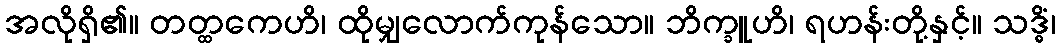
အလိုရှိ၏။ တတ္ထကေဟိ၊ ထိုမျှလောက်ကုန်သော။ ဘိက္ခူဟိ၊ ရဟန်းတို့နှင့်။ သဒ္ဓိံ၊